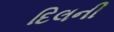
દિલની